Madras plague regulations and rules for district municipalities and other towns and villages
Disease focus: Plague
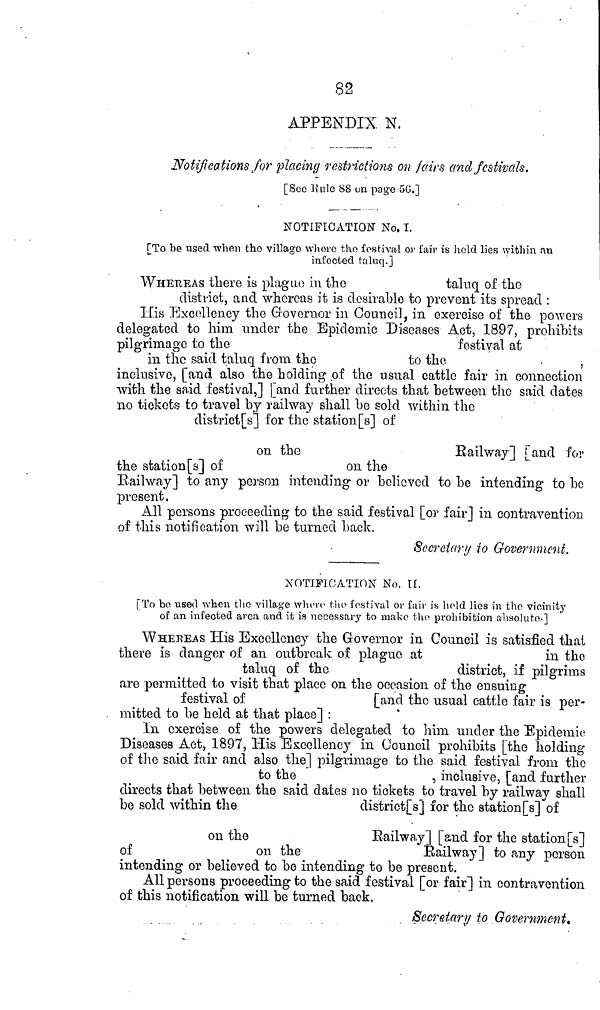
82
APPENDIX. N.
Notifications for placing restrictions on fairs and festivals.
[See Rule 88 on page 56.]
NOTIFICATION No. I.
["To be used when the village where the festival or fair is held lies within an
infected taluq.J
WHEREAS there is plague in the
taluq of the
district, and whereas it is desirable to prevent its spread :
His Excellency the Governor in Council, in exercise of the powers
delegated to him under the Epidemic Diseases Act, 1897, prohibits
pilgrimage to the
festival at
in the said taluq from
the
to the
•
,
inclusive, [and also the holding of the usual cattle fair in connection
with the said festival,] | and further directs that between the said dates
no tickets to travel by railway shall be sold within tho
district[s] for the station[s] of
on
the
Railway] [and for
the station[s] of
on the
Eailway] to any person intending or believed to be intending to be
present.
All persons proceeding to the said festival [or fair] in contravention
of this notification will be turned back.
Secretary to Government.
NOTIFICATION No. II.
[To bo used when the village where the festival or fair is held lies in the vicinity
of an infected area and it is necessary to make the prohibition absolute-]
WHEREAS His Excellency the Governor in Council is satisfied that
there is danger of an outbreak of plague at
in the
taluq of
the
district, if pilgrims
are permitted to visit that place on the occasion of the ensuing
festival of
[and tho usual cattle fair is per-
mitted to be held at that place] :
In exercise of the powers delegated to him under the Epidemic
Diseases Act, 1897, His Excellency in Council prohibits [the holding
of tho said fair and also the] pilgrimage to the said festival from tho
to the
, inclusive, [and further
directs that between the said dates no tickets to travel by railway shall
be sold within the
district[s] for the station[s] of
on the
Railway]
[and for the station[s]
of
on the
Railway]
to any person
intending or believed to be intending to be present.
All persons proceeding to the said festival [or fair] in contravention
of this notification will be turned back,
Secretary to Government.